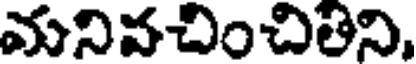
మనివచించితిని,